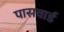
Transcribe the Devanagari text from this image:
पासवार्ड